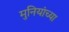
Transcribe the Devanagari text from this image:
मुनियांच्या